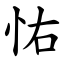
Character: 㤑